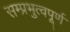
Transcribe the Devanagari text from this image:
सम्प्रभुत्वपूर्ण